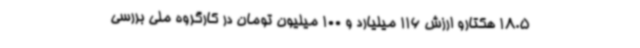
18.5 هکتارو ارزش 116 میلیارد و 100 میلیون تومان در کارگروه ملی بررسی